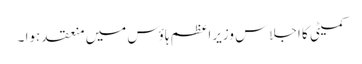
کمیٹی کا اجلاس وزیراعظم ہاؤس میں منعقد ہوا ۔